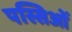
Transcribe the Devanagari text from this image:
पस्सिओं